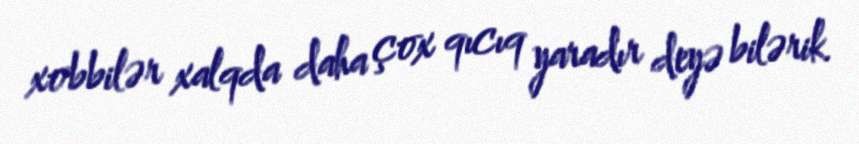
xobbilər xalqda daha çox qıcıq yaradır deyə bilərik.